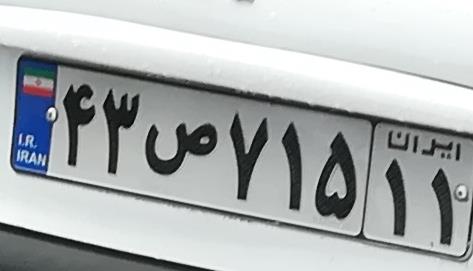
۴۳ص۷۱۵۱۱